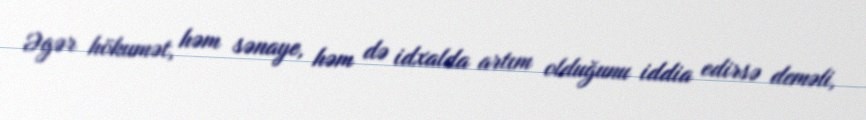
Əgər hökumət, həm sənaye, həm də idxalda artım olduğunu iddia edirsə deməli,